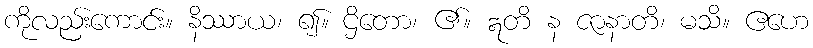
ကိုလည်းကောင်း။ နိဿာယ၊ ၍။ ဌိတော၊ ၏။ ဣတိ န ဇာနာတိ၊ မသိ။ ဧဟေ